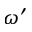
\omega ^ { \prime }